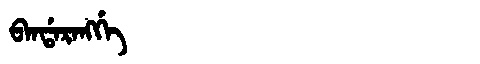
Manchu: ᠪᠠᠨᡩᠠᡵᠠᠩᡤᡝ
Romanization: BANDARANGGE